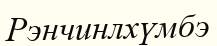
Рэнчинлхүмбэ